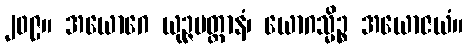
၂၀၉။ အယောဂေ ယုဉ္ဇမတ္တာနံ၊ ယောဂသ္မိဉ္စ အယောဇယံ။